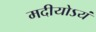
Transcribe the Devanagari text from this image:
मदीयोऽयं